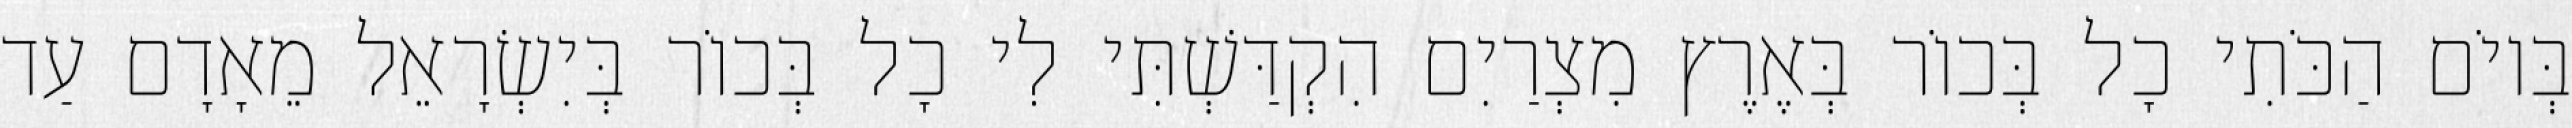
בְּיוֹם הַכֹּתִי כָל בְּכוֹר בְּאֶרֶץ מִצְרַיִם הִקְדַּשְׁתִּי לִי כָל בְּכוֹר בְּיִשְׂרָאֵל מֵאָדָם עַד